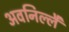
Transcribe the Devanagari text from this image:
अवनिल्लै